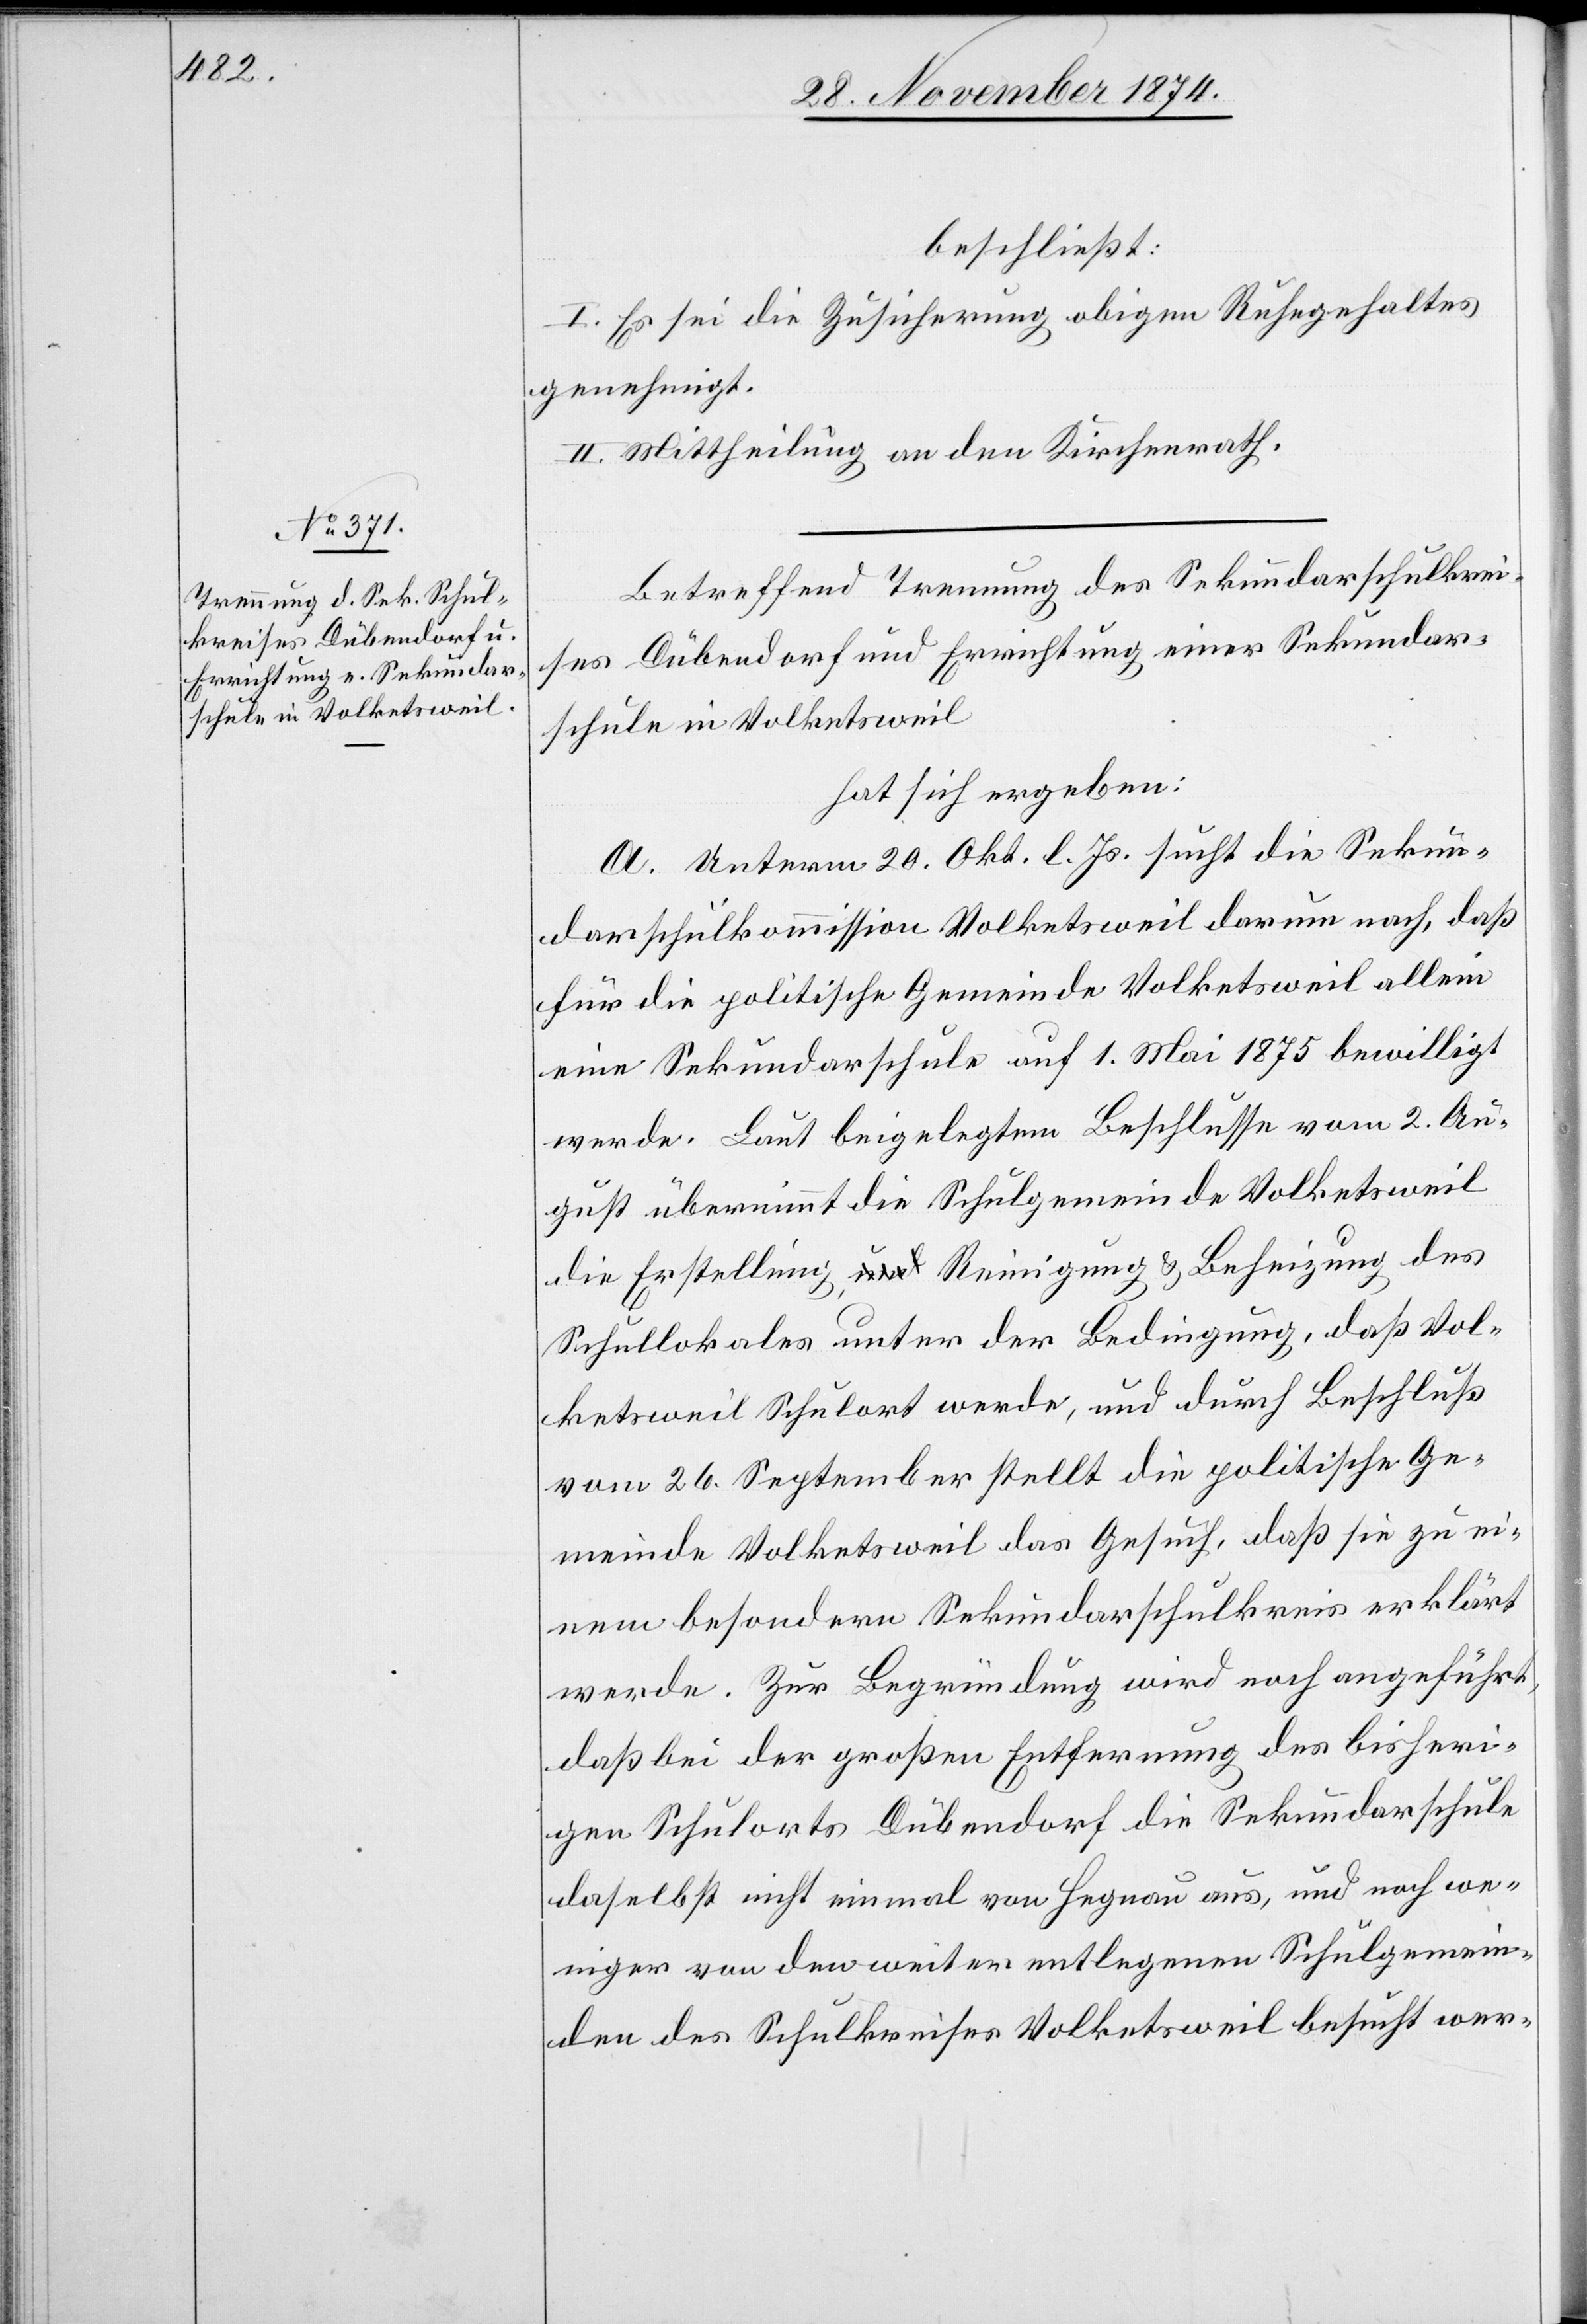
beschließt:
I. Es sei die Zusicherung obigen Ruhegehaltes
genehmigt.
II. Mittheilung an den Kirchenrath.
Betreffend Trennung des Sekundarschulkrei¬
ses Dübendorf und Errichtung einer Sekundar¬
schule in Volketsweil
hat sich ergeben:
A. Unterm 20. Okt. l. Js. sucht die Sekun¬
darschulkommission Volketsweil darum nach, daß
für die politische Gemeinde Volketsweil allein
eine Sekundarschule auf 1. Mai 1875 bewilligt
werde. Laut beigelegtem Beschlusse vom 2. Au¬
gust übernimmt die Schulgemeinde Volketsweil
die Erstellung, Reinigung & Beheizung des
Schullokales unter der Bedingung, daß Vol¬
ketsweil Schulort werde, und durch Beschluß
vom 26. September stellt die politische Ge¬
meinde Volketsweil das Gesuch, daß sie zu ei¬
nem besondern Sekundarschulkreis erklärt
werde. Zur Begründung wird noch angeführt,
daß bei der großen Entfernung des bisheri¬
gen Schulorts Dübendorf die Sekundarschule
daselbst nicht einmal von Hegnau aus, und noch we¬
niger von den weiter entlegenen Schulgemein¬
den des Schulkrieses Volketsweil besucht wer-